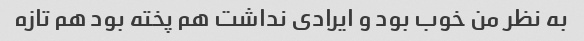
به نظر من خوب بود و ایرادی نداشت هم پخته بود هم تازه